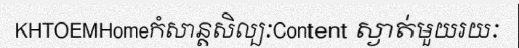
KHTOEMHomeកំសាន្តសិល្បៈContent ស្ងាត់មួយរយៈ